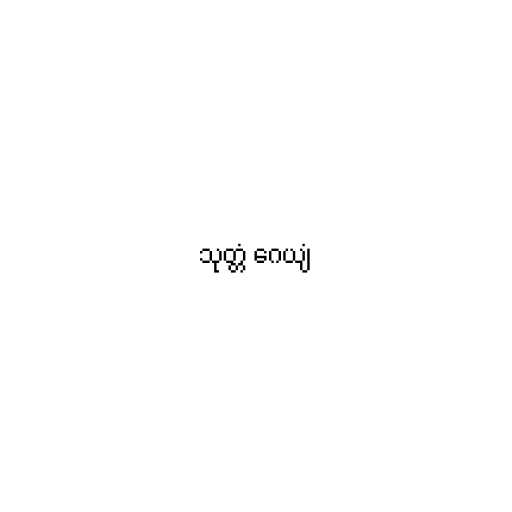
သုတ္တံ ဂေယျံ